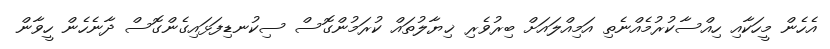
އެހެން މީހަކާއި ހިއްސާކުރުމެއްނެތި އަމިއްލައަށް ބިރުވެރި ޚިޔާލުތައް ކުރަމުންގޮސް ސިކުނޑިފަޅައިގެންގޮސް ދާނެހެން ހީވާން